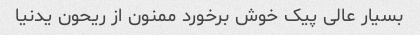
بسیار عالی پیک خوش برخورد ممنون از ریحون یدنیا